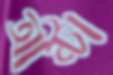
আন্টা